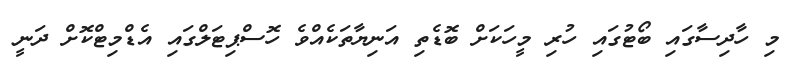
މި ހާދިސާގައި ބޯޓުގައި ހުރި މީހަކަށް ބޮޑެތި އަނިޔާތަކެއްވެ ހޮސްޕިޓަލްގައި އެޑްމިޓްކޮށް ދަނީ